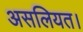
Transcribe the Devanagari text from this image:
असलियत।